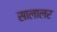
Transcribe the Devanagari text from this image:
सालालर